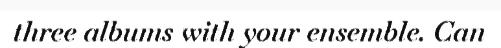
three albums with your ensemble. Can